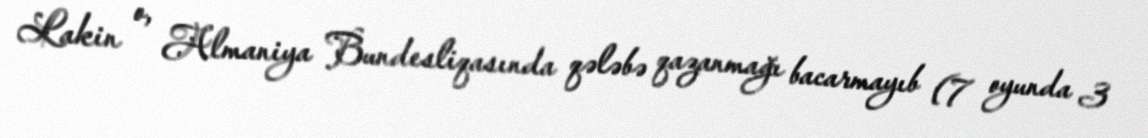
Lakin o, Almaniya Bundesliqasında qələbə qazanmağı bacarmayıb (7 oyunda 3